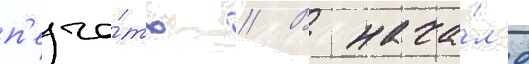
п'еча́ть // В нача́л'е